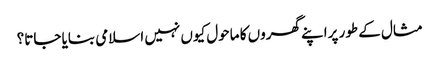
مثال کے طور پراپنے گھروں کا ماحول کیوں نہیں اسلامی بنایا جاتا؟